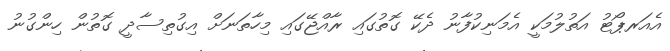
އެއަރޕޯޓު އަތުލުމަކީ އެމަނިކުފާނު ދެކޭ ގޮތުގައި ރާއްޖޭގައި މިހާތަނަށް އިގުތިސާދީ ގޮތުން ހިންގުނު